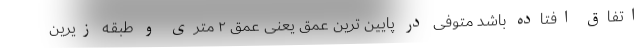
اتفاق افتاده باشد متوفی در پایین ترین عمق یعنی عمق ۲ متری و طبقه زیرین